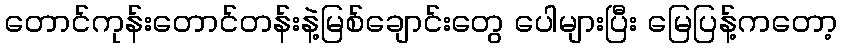
တောင်ကုန်းတောင်တန်းနဲ့မြစ်ချောင်းတွေ ပေါများပြီး မြေပြန့်ကတော့